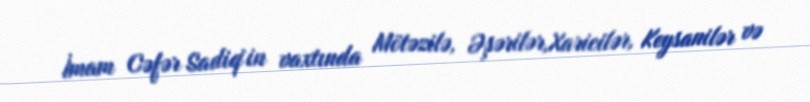
İmam Cəfər Sadiq`in vaxtında Mötəzilə, Əşərilər,Xaricilər, Keysanilər və